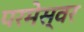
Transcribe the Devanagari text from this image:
परमेस्वर